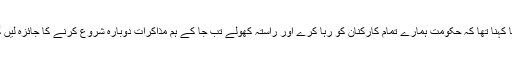
ان کا کہنا تھا کہ حکومت ہمارے تمام کارکنان کو رہا کرے اور راستہ کھولے تب جا کے ہم مذاکرات دوبارہ شروع کرنے کا جائزہ لیں گے۔